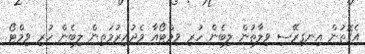
އެގޮތުން އިނގިރޭސި ވިލާތުން ލިބެން ހުރި ވިމްޓޯއާ މެދުއިރުމަތިން ލިބެން ހުރި ވިމްޓޯ